Scottish Leaving Certificate Examination, 1956
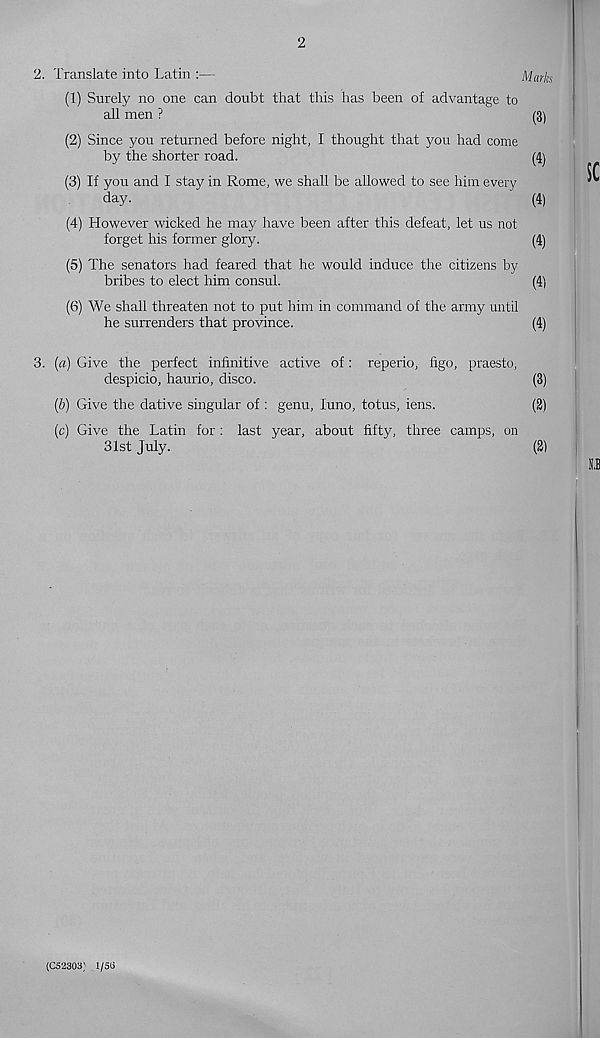
2
2. Translate into Latin :—
Marks
(1) Surely no one can doubt that this has been of advantage to
all men ?
(3)
(2) Since you returned before night, I thought that you had come
by the shorter road.
(4)
(3) If you and I stay in Rome, we shall be allowed to see him every
day.
' (4)
(4) However wicked he may have been after this defeat, let us not
forget his former glory.
(4)
(5) The senators had feared that he would induce the citizens by
bribes to elect him consul.
(4)
(6) We shall threaten not to put him in command of the army until
he surrenders that province.
(4)
3. (a) Give the perfect infinitive active of: reperio, figo, praesto,
despicio, haurio, disco.
(3)
(b) Give the dative singular of : genu, luno, totus, iens.
(2)
(c) Give the Latin for : last year, about fifty, three camps, on
31st July.
(2)
(C52303) 1/53